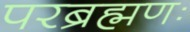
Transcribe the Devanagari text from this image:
परब्रह्मणः